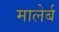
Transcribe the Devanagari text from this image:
मालेर्ब